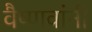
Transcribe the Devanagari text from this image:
वैष्णवांनी